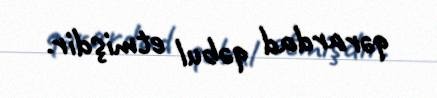
qərardad qəbul etmişdir.